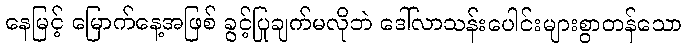
နေမြင့် မြောက်နေ့အဖြစ် ခွင့်ပြုချက်မလိုဘဲ ဒေါ်လာသန်းပေါင်းများစွာတန်သော